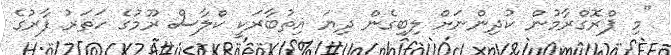
"މި ޕްރޮގްރާމުން ކުދިންނަށް ލިބިގެން ދިޔަ އިތުބާރަކީ ކްލާސް ރޫމުގެ ހަތަރު ފާރުގެ